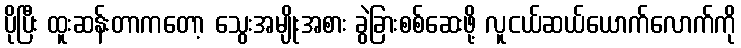
ပိုပြီး ထူးဆန်းတာကတော့ သွေးအမျိုးအစား ခွဲခြားစစ်ဆေးဖို့ လူငယ်ဆယ်ယောက်လောက်ကို